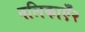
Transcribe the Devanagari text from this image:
नलिकाएँ२